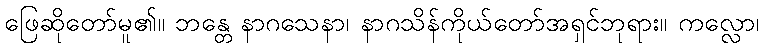
ဖြေဆိုတော်မူ၏။ ဘန္တေ နာဂသေနာ၊ နာဂသိန်ကိုယ်တော်အရှင်ဘုရား။ ကလ္လော၊